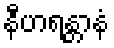
နီဟရန္တာနံ